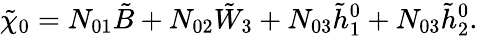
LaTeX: \tilde{\chi}_{0}=N_{01}\tilde{B}+N_{02}\tilde{W}_{3}+N_{03}\tilde{h}_{1}^{0}+N_{03}\tilde{h}_{2}^{0}.